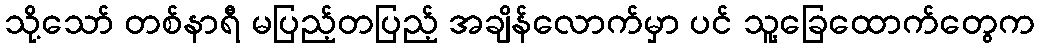
သို့သော် တစ်နာရီ မပြည့်တပြည့် အချိန်လောက်မှာ ပင် သူ့ခြေထောက်တွေက